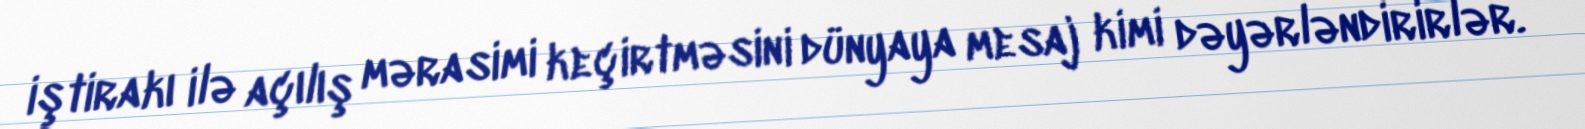
iştirakı ilə açılış mərasimi keçirtməsini dünyaya mesaj kimi dəyərləndirirlər.